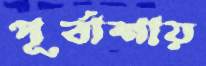
পূর্বাশায়